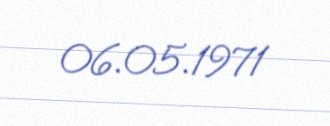
06.05.1971